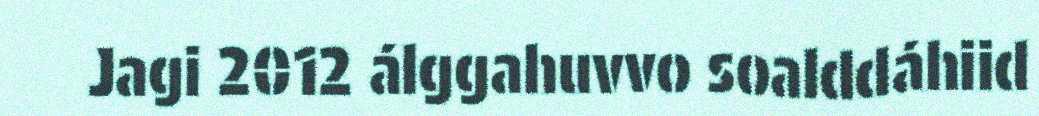
Jagi 2012 álggahuvvo soalddáhiid